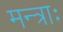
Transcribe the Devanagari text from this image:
मन्त्राः